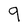
Character: 9